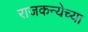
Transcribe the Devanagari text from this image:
राजकन्येच्या